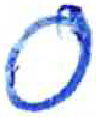
אות: ס